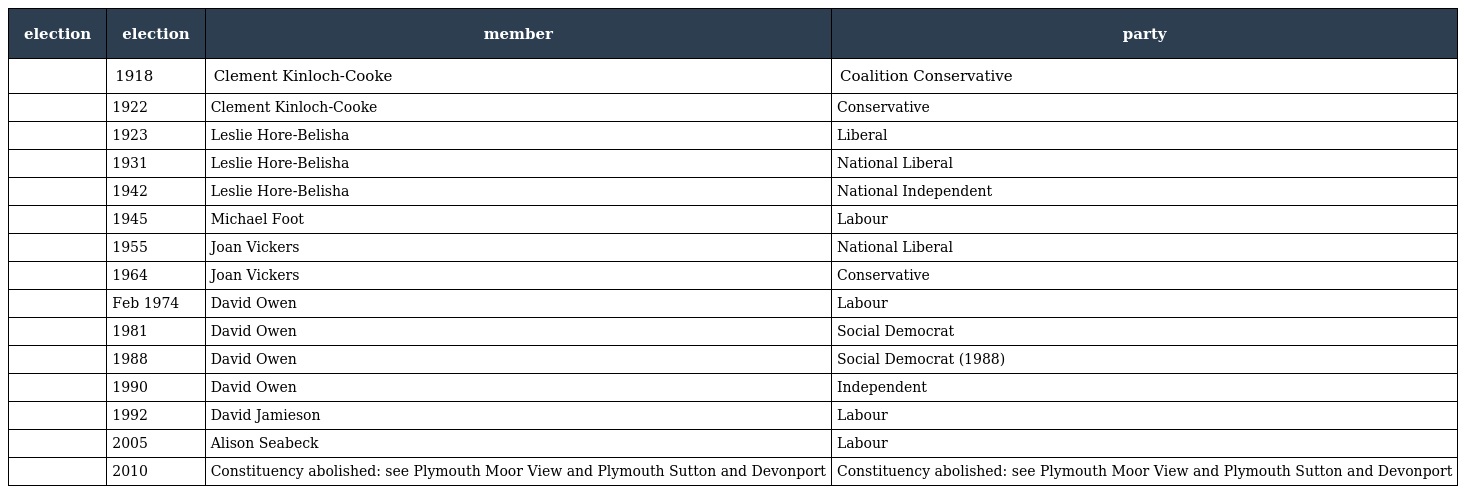
| election | election | member | party |
 | --- | --- | --- | --- |
 |  | 1918 | Clement Kinloch-Cooke | Coalition Conservative |
 |  | 1922 | Clement Kinloch-Cooke | Conservative |
 |  | 1923 | Leslie Hore-Belisha | Liberal |
 |  | 1931 | Leslie Hore-Belisha | National Liberal |
 |  | 1942 | Leslie Hore-Belisha | National Independent |
 |  | 1945 | Michael Foot | Labour |
 |  | 1955 | Joan Vickers | National Liberal |
 |  | 1964 | Joan Vickers | Conservative |
 |  | Feb 1974 | David Owen | Labour |
 |  | 1981 | David Owen | Social Democrat |
 |  | 1988 | David Owen | Social Democrat (1988) |
 |  | 1990 | David Owen | Independent |
 |  | 1992 | David Jamieson | Labour |
 |  | 2005 | Alison Seabeck | Labour |
 |  | 2010 | Constituency abolished: see Plymouth Moor View and Plymouth Sutton and Devonport | Constituency abolished: see Plymouth Moor View and Plymouth Sutton and Devonport |